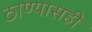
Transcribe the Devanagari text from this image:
ठाण्यासही